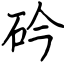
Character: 砛